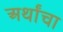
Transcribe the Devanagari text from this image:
अर्थांचा